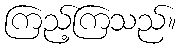
ကြည့်ကြသည်။